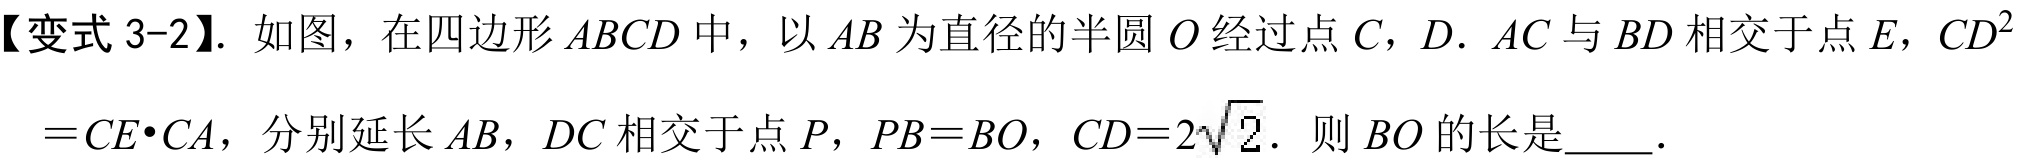
【变式 3-2】. 如图，在四边形\(ABCD\)中，以\(AB\)为直径的半圆\(O\)经过点\(C\)，\(D\). \(AC\)与\(BD\)相交于点\(E\)，\(CD^{2}\)
\(=CE\cdot CA\)，分别延长\(AB\)，\(DC\)相交于点\(P\)，\(PB = BO\)，\(CD = 2\sqrt{2}\). 则\(BO\)的长是  ．